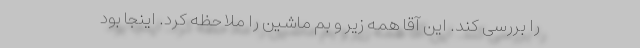
را بررسی کند. این آقا همه زیر و بم ماشین را ملاحظه کرد. اینجا بود